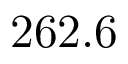
2 6 2 . 6